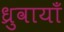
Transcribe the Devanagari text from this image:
ध्रुवायाँ